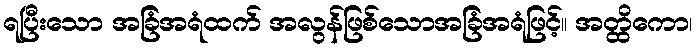
ရပြီးသော အခြံအရံထက် အလွန်ဖြစ်သောအခြံအရံဖြင့်။ အတ္ထိကော၊